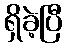
ရှိခဲ့ပြီ